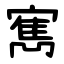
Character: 寯